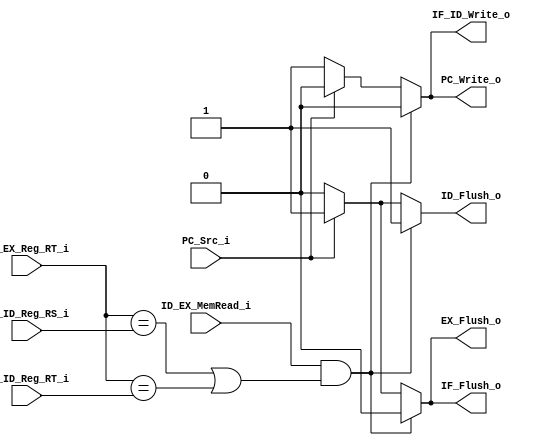
module HazardDetectionUnit(
ID_EX_MemRead_i,
IF_ID_Reg_RS_i,
IF_ID_Reg_RT_i,
ID_EX_Reg_RT_i,
PC_Src_i,
IF_ID_Write_o,
PC_Write_o,
IF_Flush_o,
ID_Flush_o,
EX_Flush_o
);

input ID_EX_MemRead_i;
input [5-1:0] IF_ID_Reg_RS_i;
input [5-1:0] IF_ID_Reg_RT_i;
input [5-1:0] ID_EX_Reg_RT_i;
input PC_Src_i;

output reg IF_ID_Write_o;
output reg PC_Write_o;
output reg IF_Flush_o;
output reg ID_Flush_o;
output reg EX_Flush_o;

always @(*) begin
	// load-use hazard
	if ( ID_EX_MemRead_i == 1 && ( (ID_EX_Reg_RT_i == IF_ID_Reg_RS_i) || (ID_EX_Reg_RT_i == IF_ID_Reg_RT_i) ) ) begin
		PC_Write_o = 0;
		IF_ID_Write_o = 0;
		ID_Flush_o = 1; // mux: 0 input
		IF_Flush_o = 0;
		EX_Flush_o = 0;
	end
	// branch, jump hazard
	else if (PC_Src_i == 1) begin
		PC_Write_o = 0;
		IF_ID_Write_o = 0;
		ID_Flush_o = 1;
		IF_Flush_o = 1;
		EX_Flush_o = 1;
	end
	else begin
		PC_Write_o = 1;
		IF_ID_Write_o = 1;
		ID_Flush_o = 0;
		IF_Flush_o = 0;
		EX_Flush_o = 0;
	end
end

endmodule